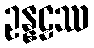
ဥန္နဠဿ